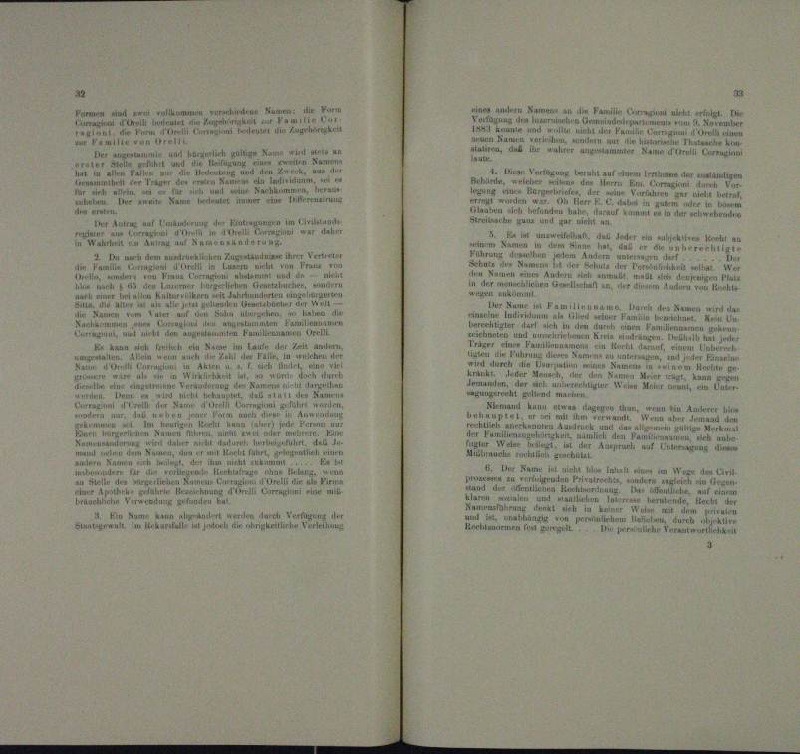
n

elich a
eamte
 Kam
l

mner diesen un

u

.

 M auf Le
egen im Grund

Du dem den un
r Verur
den Frau
.
 ei der
.
n

d
n

.
   La der Tat
 wenn

n
n
.

n
u
an
e
unden seinen in der
m
n

m
.
ne
m
.
4

n

n
u

 der die
.

n
lirt werden durch der
4. 4

e

Van

n
.
u
.
 Kamin verleum

a

e
 auf de
eien u
mten eine

rung
dienen in eine er ver
n

H. unwohn
e

 des
m

e

u
etleren ei
u
r um im Familie am Namen wir
dar
unden

tuer Pan

en
te
n
.
u
u

eter einer Unter aneint, das an de

demand kann er
n in Audi
enten einen ein
und

Herna
e

.

B. Der Richt
 Wer den tr
Beir
 zu ve
a
.
n

e
e
 . . . . .
s